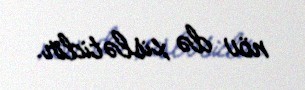
növ də xislətidir.